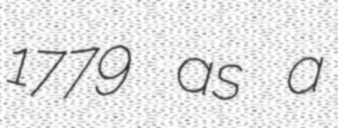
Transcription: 1779 as a